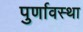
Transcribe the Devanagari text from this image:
पुर्णावस्था